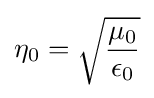
\eta _{0}={\sqrt {\frac {\mu _{0}}{\epsilon _{0}}}}